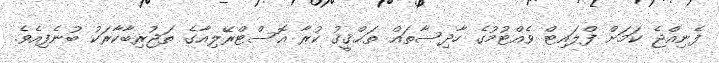
ފެނިއްޖެ ކަމަށް ފްލައިޓް ވެއްޓުމުގެ ހާދިސާތައް ތަޙްޤީޤު ކުރާ އޮސްޓްރޭލިއާގެ ތަޖުރިބާކާރަކު ބުނެފިއެވެ.